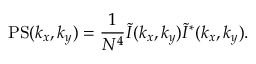
\mathrm { P S } ( k _ { x } , k _ { y } ) = \frac { 1 } { N ^ { 4 } } \tilde { I } ( k _ { x } , k _ { y } ) \tilde { I } ^ { * } ( k _ { x } , k _ { y } ) .